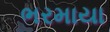
ભરમાયા